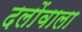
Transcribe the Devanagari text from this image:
दलोंवाला